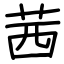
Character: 茜